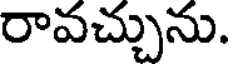
రావచ్చును.